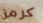
كرمز